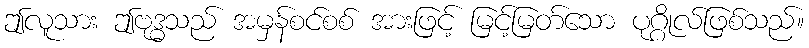
ဤလူသား ဤဗုဒ္ဓသည် အမှန်စင်စစ် အားဖြင့် မြင့်မြတ်သော ပုဂ္ဂိုလ်ဖြစ်သည်။